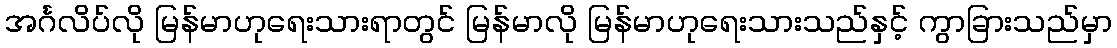
အင်္ဂလိပ်လို မြန်မာဟုရေးသားရာတွင် မြန်မာလို မြန်မာဟုရေးသားသည်နှင့် ကွာခြားသည်မှာ